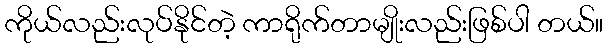
ကိုယ်လည်းလုပ်နိုင်တဲ့ ကာရိုက်တာမျိုးလည်းဖြစ်ပါ တယ်။